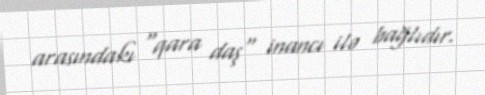
arasındakı "qara daş" inancı ilə bağlıdır.